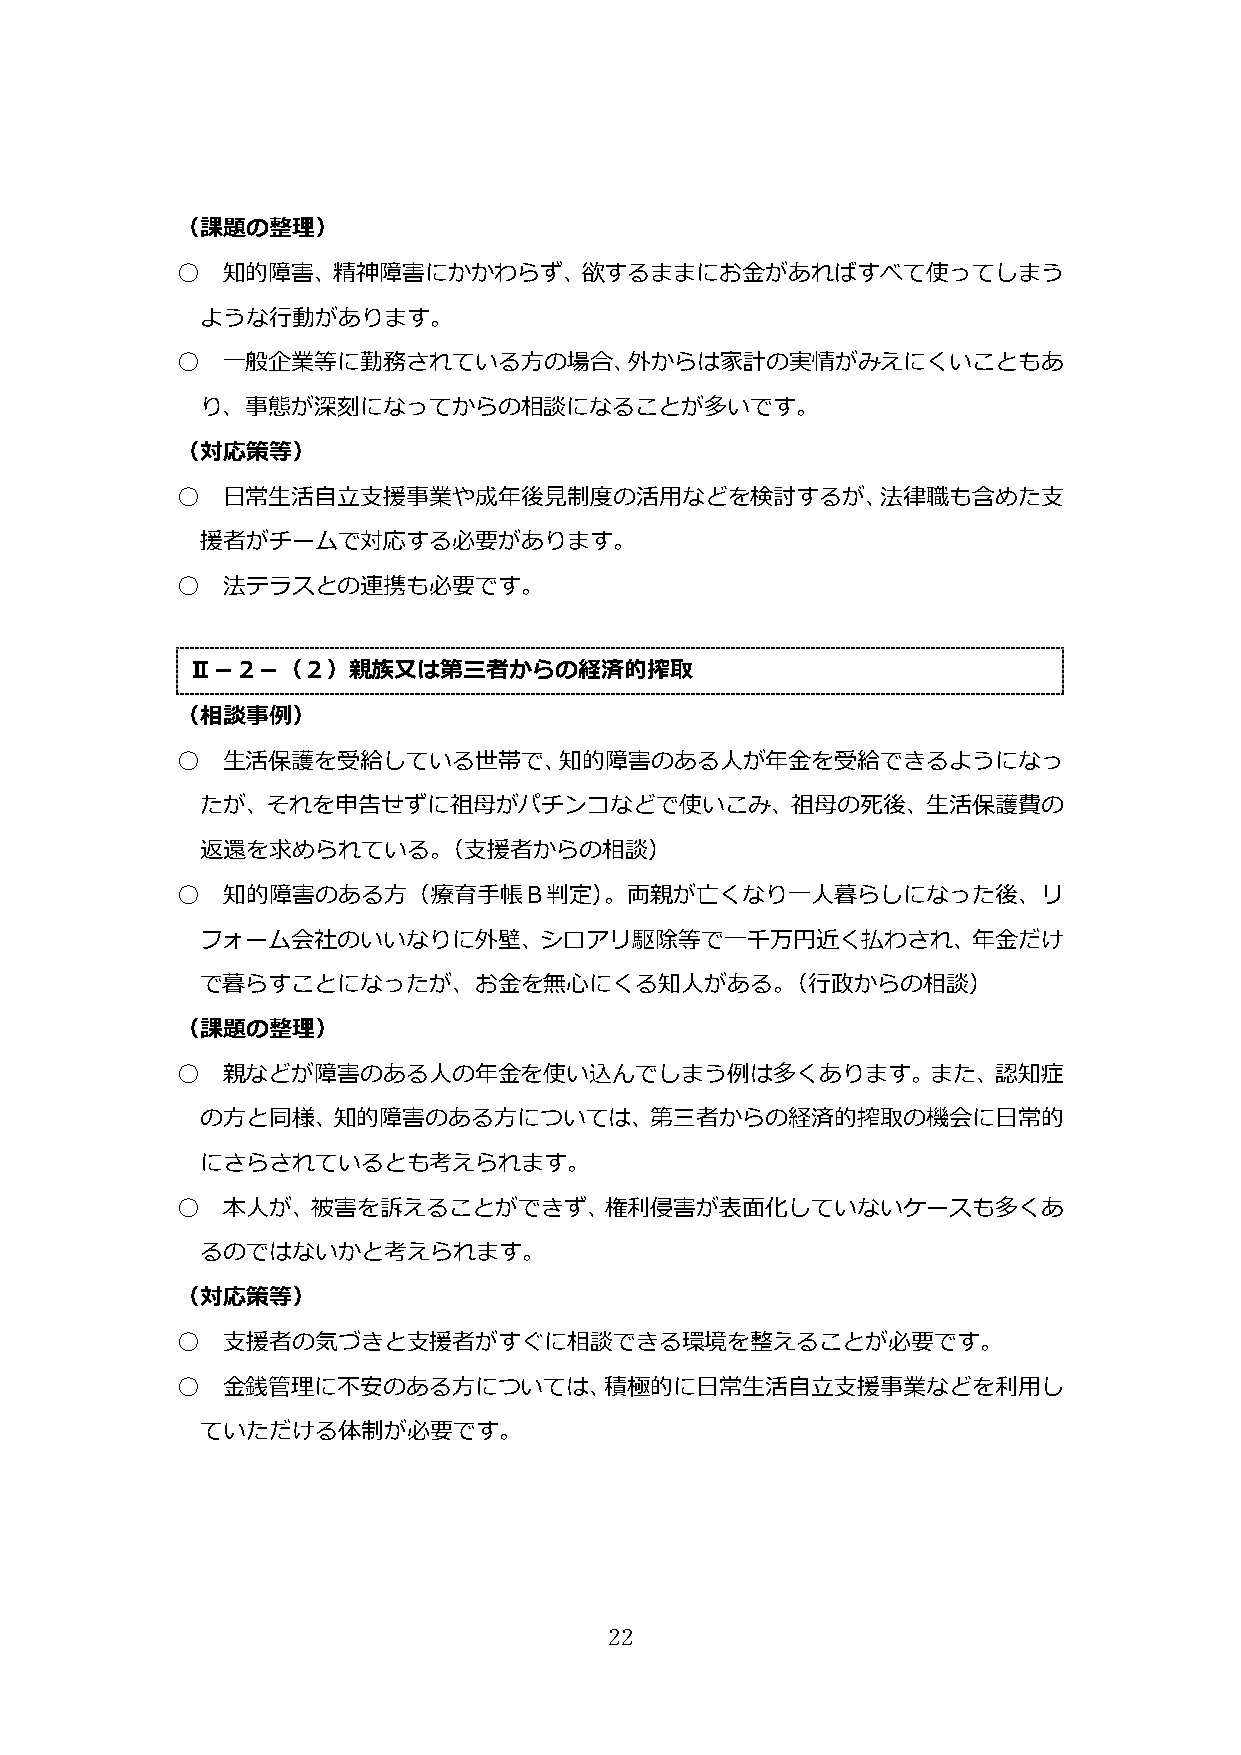
（課題の整理）
 ○  知的障害、精神障害にかかわらず、欲するままにお金があればすべて使ってしまう
 ような行動があります。
 ○  一般企業等に勤務されている方の場合、外からは家計の実情がみえにくいこともあ
 り、事態が深刻になってからの相談になることが多いです。
 （対応策等）
 ○  日常生活自立支援事業や成年後見制度の活用などを検討するが、法律職も含めた支
 援者がチームで対応する必要があります。
 ○  法テラスとの連携も必要です。
 Ⅱ－２－（２）親族又は第三者からの経済的搾取
 （相談事例）
 ○  生活保護を受給している世帯で、知的障害のある人が年金を受給できるようになっ
 たが、それを申告せずに祖母がパチンコなどで使いこみ、祖母の死後、生活保護費の
 返還を求められている。（支援者からの相談）
 ○  知的障害のある方（療育手帳Ｂ判定）。両親が亡くなり一人暮らしになった後、リ
 フォーム会社のいいなりに外壁、シロアリ駆除等で一千万円近く払わされ、年金だけ
 で暮らすことになったが、お金を無心にくる知人がある。（行政からの相談）
 （課題の整理）
 ○  親などが障害のある人の年金を使い込んでしまう例は多くあります。また、認知症
 の方と同様、知的障害のある方については、第三者からの経済的搾取の機会に日常的
 にさらされているとも考えられます。
 ○  本人が、被害を訴えることができず、権利侵害が表面化していないケースも多くあ
 るのではないかと考えられます。
 （対応策等）
 ○  支援者の気づきと支援者がすぐに相談できる環境を整えることが必要です。
 ○  金銭管理に不安のある方については、積極的に日常生活自立支援事業などを利用し
 ていただける体制が必要です。
 22